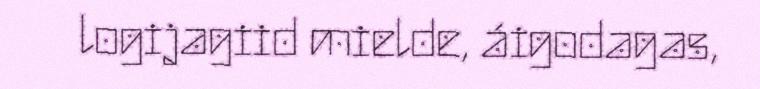
logijagiid mielde, áigodagas,